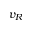
v _ { R }